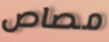
مصاص